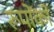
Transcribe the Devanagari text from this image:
रूपोंको